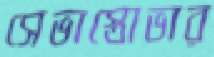
সেভাস্তোভার